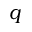
q